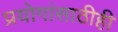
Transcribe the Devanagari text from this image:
प्रयोगांसाठीही